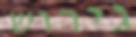
גירוש